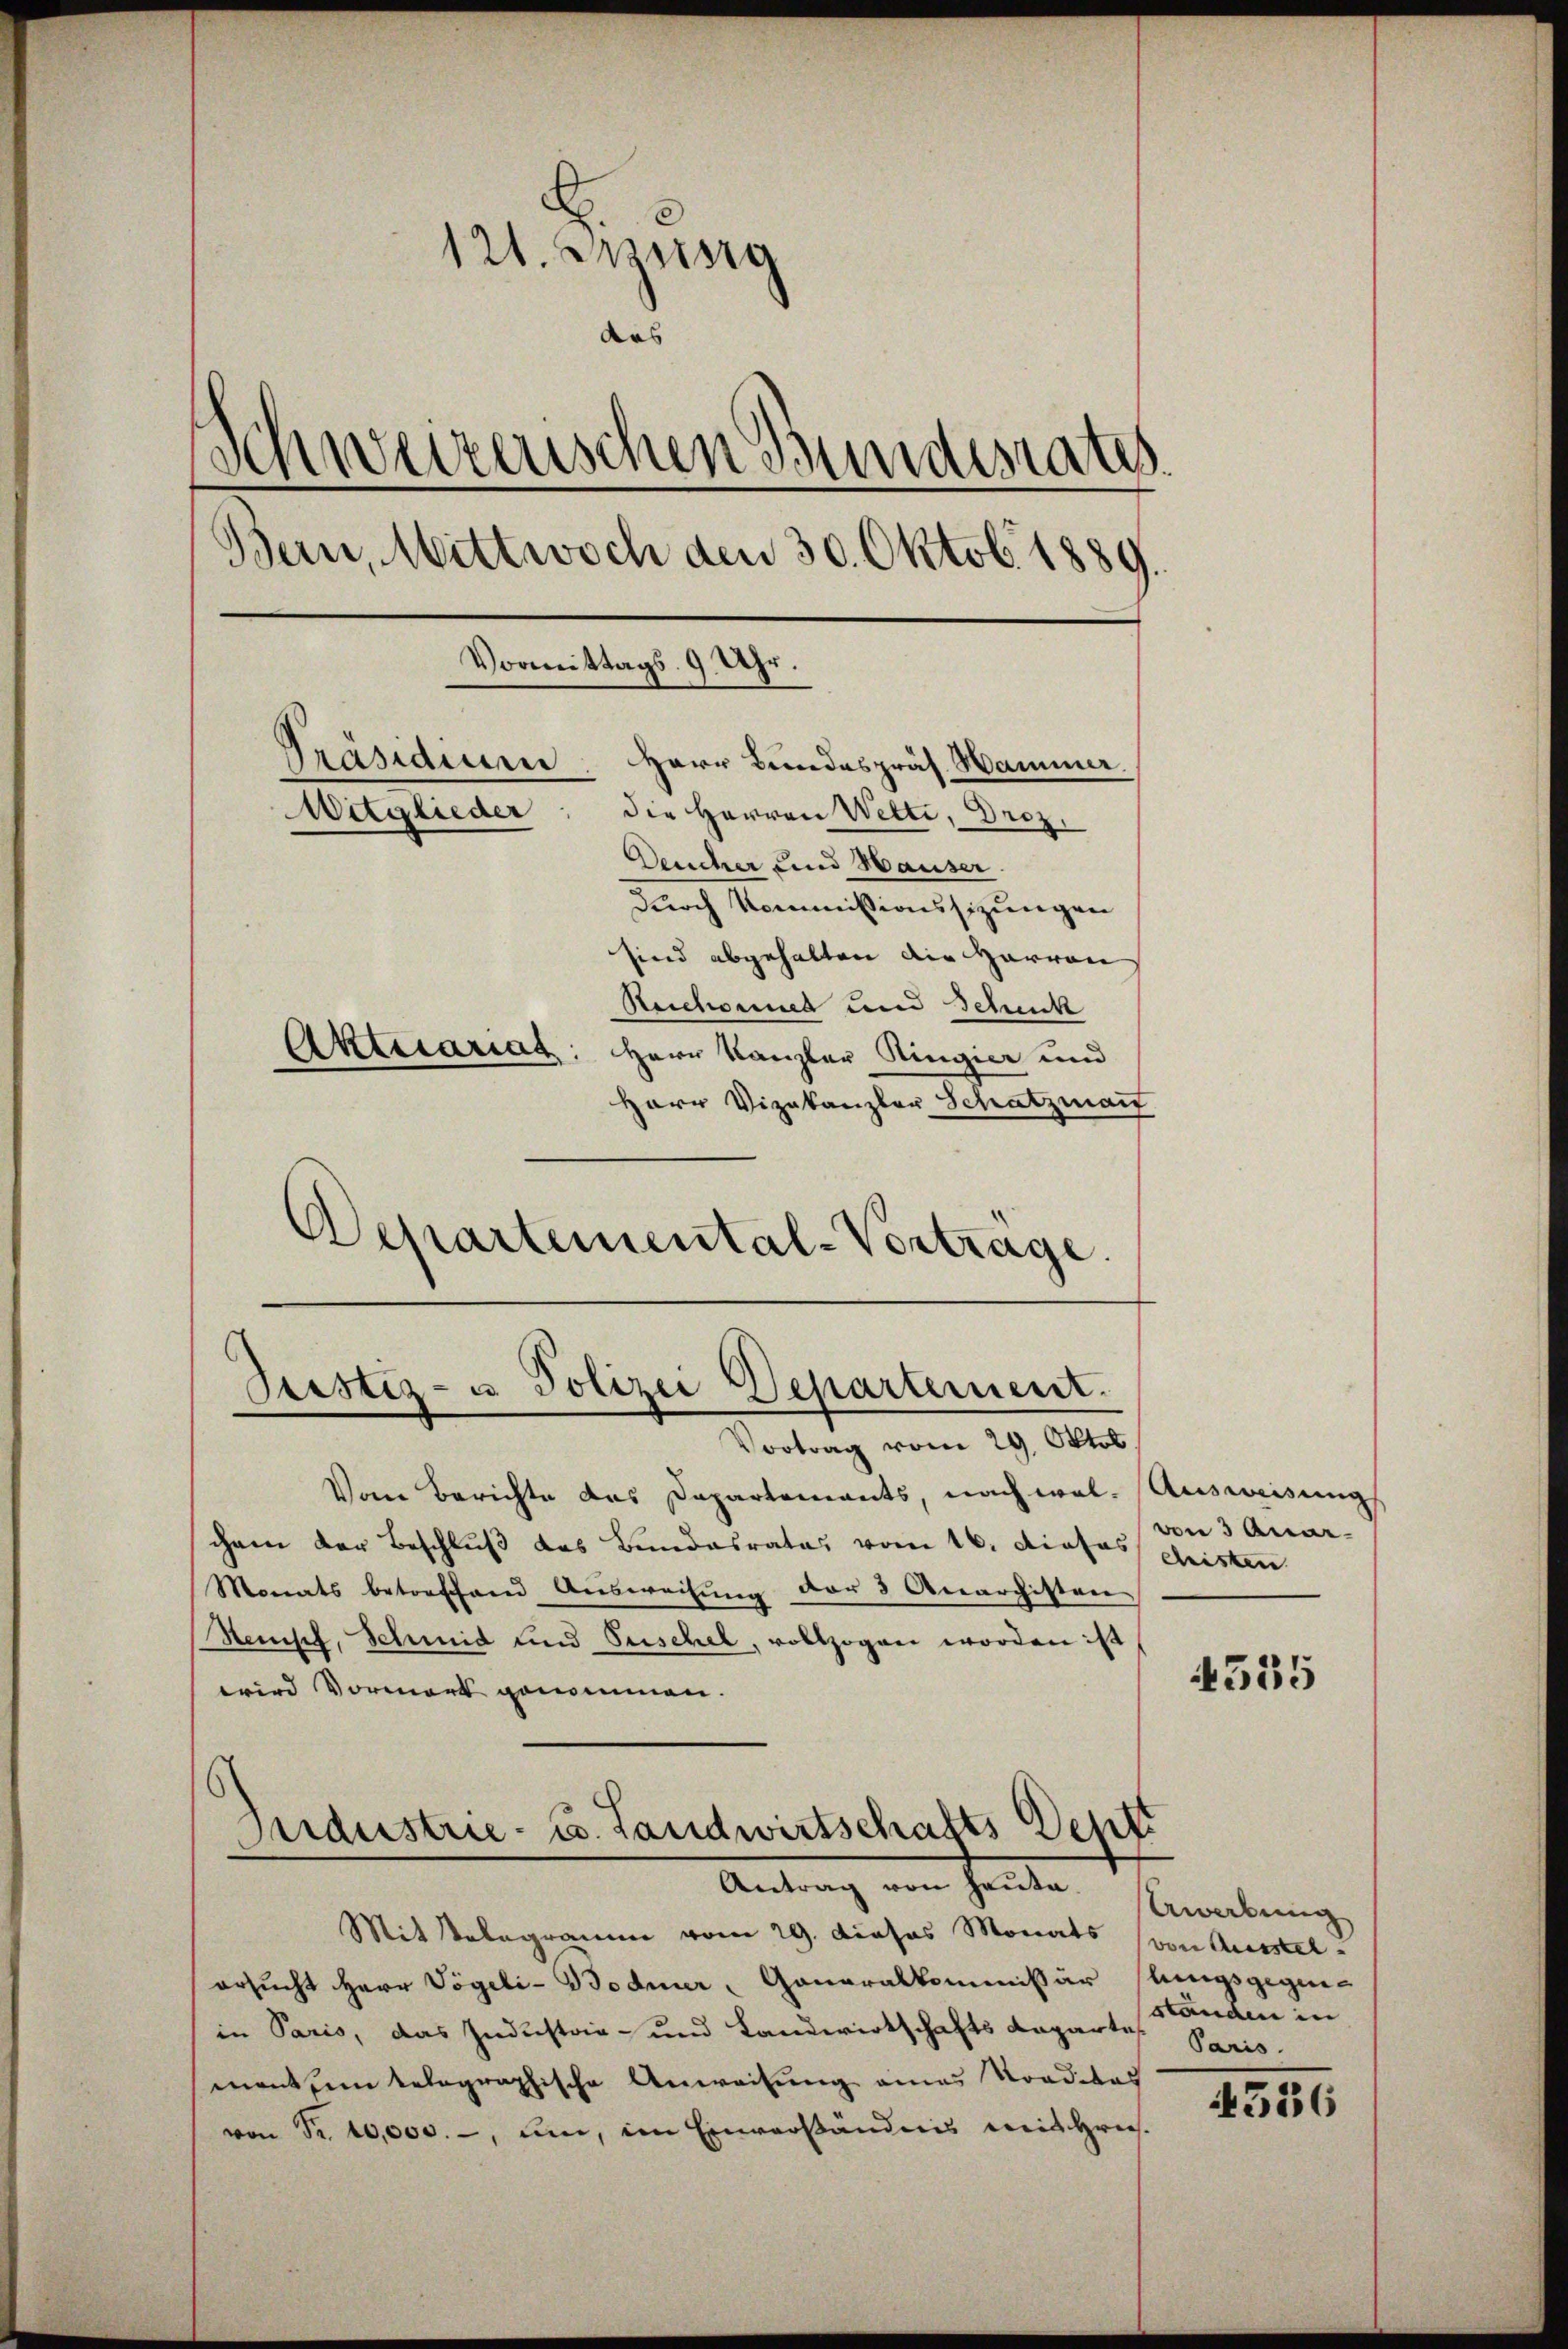
121. Ausig
das
Schweizerischen Bundesrates
Bern, Mittwoch den 30. Oktob. 1889
Vormittags 9 Uhr.
Präsidium
Herr Bundespräs. Hammer.
Mitglieder
die Herren Wetti, Droz.
Deucher und Hauser.
durch Kommissionssizungen
sind abgehalten die Harron
Reichnet und Schuck
Aktuariat: Herr Kanzler Ringier und
Herr Vizekanzler Schatzman

Ptestiz- u Polizei Departement.

Achartemental-Vortrage.

Vortrag vom 29. Oktob
Vom Berichte das Dapartements, nach wel- Ausweisung
chem der Beschluß das Bundesrates vom 16. dieses von 3 Quar-
Monats betreffend Aŭsweisŭng der 3 Anarchitten
Stempf, Schmid und Puschel, vollzogen worden ist
wird Vormerk genommen.
6

Industrie- u. Landwirtschafts Dentt
Antrag von heute.

Mit Belegramm vom 29. Dieses Monats (von Ausstelersucht Herr Vögeli-Bodmer, Generalkommissär lungsgegen-
in Paris, das Industria- und Landwirtschafts Repartes. Paris
manten telographische Anweisung eines Straditas
von Fr. 10,000.-, und, im Einverständnis mit Gries-

christen

4535

Awabung
standen in

4336